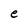
Character: e